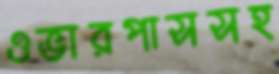
ওভারপাসসহ